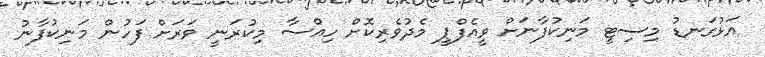
އަޅުގަނޑު މިސިޓީ މަނިކުފާނަށް ވީއެފްޕީ މެދުވެރިކޮށް ހިއްސާ މިކުރަނީ ވަރަށް ފަހުން މަނިކުފާނު